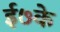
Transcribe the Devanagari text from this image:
ई७के